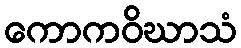
ကောကဝိဃာသံ